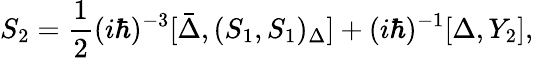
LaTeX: S_{2}=\frac{1}{2}(i\hbar)^{-3}[\bar{\Delta},(S_{1},S_{1})_{\Delta}]+(i\hbar)^{-1}[\Delta,Y_{2}],